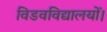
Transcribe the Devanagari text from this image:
विडवविद्यालयों।